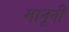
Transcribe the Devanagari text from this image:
मानूनी